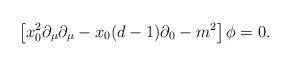
\begin{align*} \left[ x_0^2 \partial_\mu \partial_\mu - x_0(d-1)\partial_0 -m^2 \right] \phi=0.\end{align*}